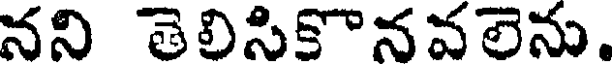
నని తెలిసికొనవలెను.